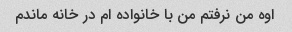
اوه من نرفتم من با خانواده ام در خانه ماندم